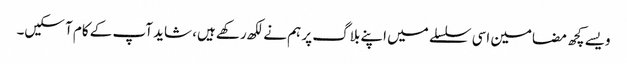
ویسے کچھ مضامین اسی سلسلے میں اپنے بلاگ پر ہم نے لکھ رکھے ہیں، شاید آپ کے کام آ سکیں۔